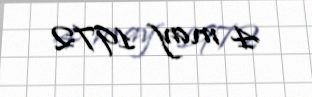
4 may 1972